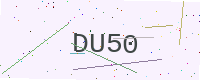
Text: DU50